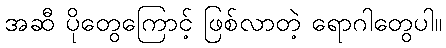
အဆီ ပိုတွေကြောင့် ဖြစ်လာတဲ့ ရောဂါတွေပါ။